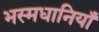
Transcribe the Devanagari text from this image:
भस्मधानियाँ